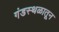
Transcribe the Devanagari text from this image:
गंडस्थळातून